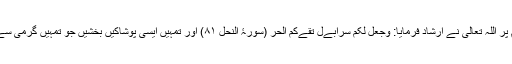
دوسرے مقام پر اللہ تعالیٰ نے ارشاد فرمایا: وَجَعَلَ لَکُمْ سَرَابِےْلَ تَقِےْکُمُ الْحَرَّ (سورۂ النحل ۸۱) اور تمہیں ایسی پوشاکیں بخشیں جو تمہیں گرمی سے بچاتی ہیں ۔